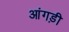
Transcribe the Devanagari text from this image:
आंगड़ी